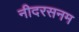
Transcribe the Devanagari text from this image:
नीदरसनम